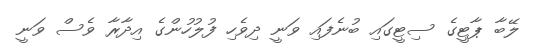
ލޭބާ ޕާޓީގެ ސިޓީގައި ބުނެފައި ވަނީ ދިވެހި ފުލުހުންގެ އިދާރާ ވެސް ވަނީ